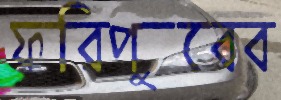
ফরিপুরের